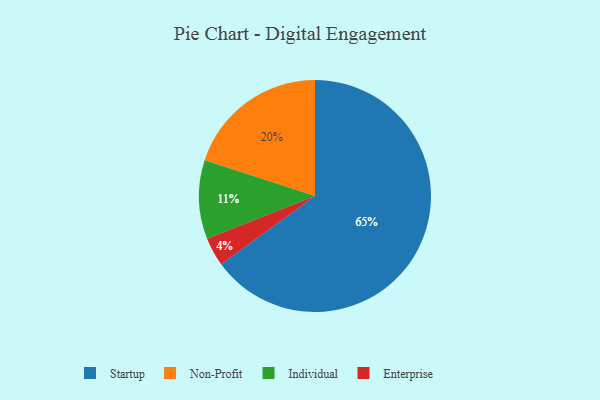
{"axis": {"x": "Category", "y": "Percentage"}, "legend": ["Enterprise", "Individual", "Non-Profit", "Startup"], "data": [{"x": "Enterprise", "y": 4, "type": "Enterprise"}, {"x": "Individual", "y": 11, "type": "Individual"}, {"x": "Non-Profit", "y": 20, "type": "Non-Profit"}, {"x": "Startup", "y": 65, "type": "Startup"}]}